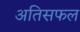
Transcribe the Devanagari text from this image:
अतिसफल